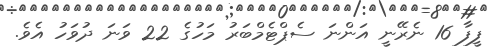
ފީފާ 16 ނެރޭނީ އަންނަ ސެޕްޓެމްބަރު މަހުގެ 22 ވަނަ ދުވަހު އެވެ.